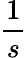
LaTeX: \frac{1}{s}